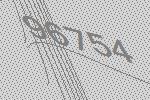
96754